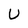
Character: U